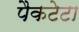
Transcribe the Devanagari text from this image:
पैकटेटा